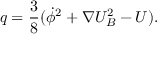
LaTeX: q = \frac { 3 } { 8 } ( \dot { \phi } ^ { 2 } + \nabla U _ { B } ^ { 2 } - U ) .